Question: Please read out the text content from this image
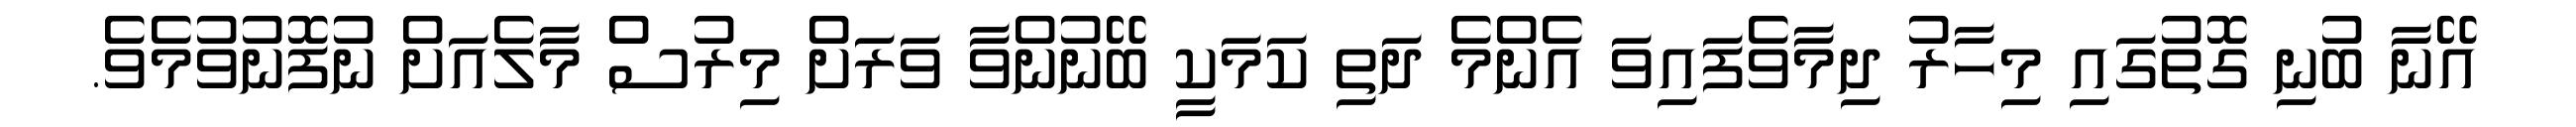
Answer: އޭނާ ބުނި ގޮތުގައި މިހާރު ދިމާވެފައިވަ އެންމެ ދަތި ކަމަކީ ބޭނުންވާ ވަރަށް މިރުސް މާލެއަށް ނުފޮނުވުމެވެ.